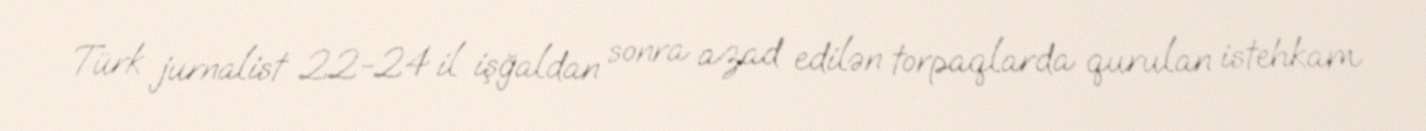
Türk jurnalist 22-24 il işğaldan sonra azad edilən torpaqlarda qurulan istehkam